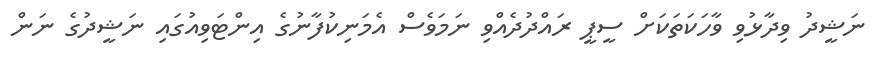
ނަޝީދު ވިދާޅުވި ވާހަކަތަކަށް ސީޕީ ރައްދުދެއްވި ނަމަވެސް އެމަނިކުފާނުގެ އިންޓަވިއުގައި ނަޝީދުގެ ނަން